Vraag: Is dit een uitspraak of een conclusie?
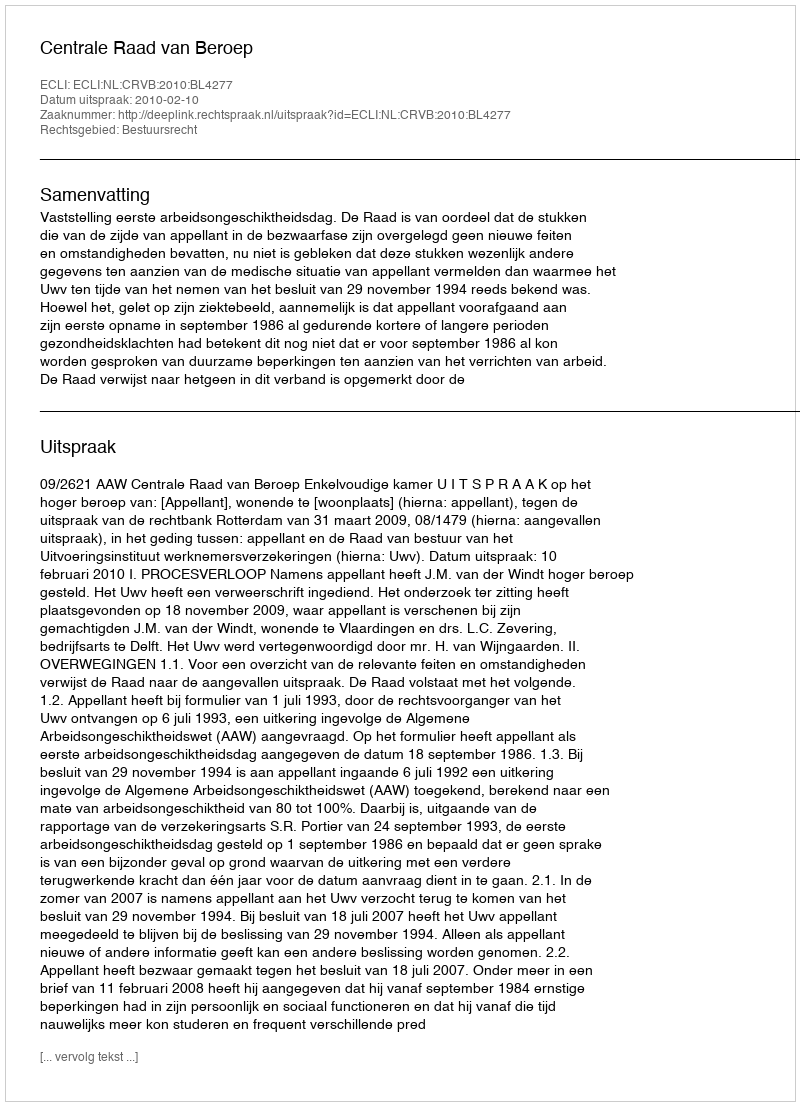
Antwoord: Uitspraak